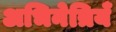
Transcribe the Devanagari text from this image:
अभिनेत्रियँ